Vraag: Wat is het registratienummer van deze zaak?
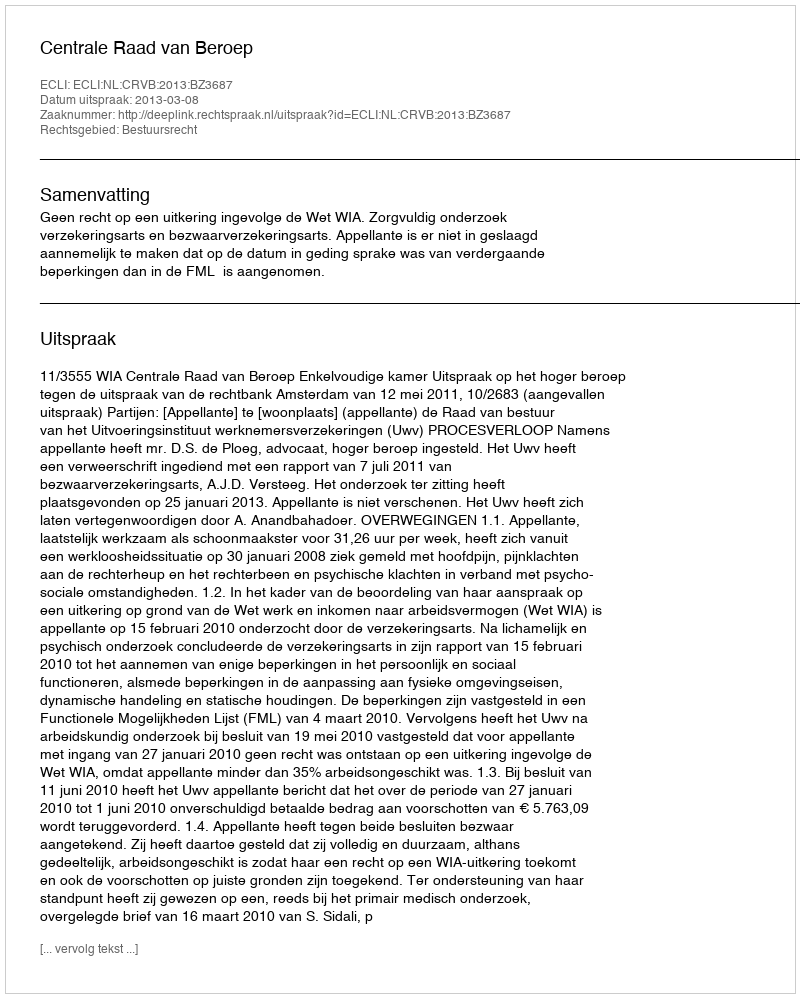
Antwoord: http://deeplink.rechtspraak.nl/uitspraak?id=ECLI:NL:CRVB:2013:BZ3687